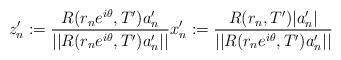
LaTeX: \begin{align*}z'_n := \frac{R(r_ne^{i\theta},T')a'_n}{||R(r_ne^{i\theta},T')a'_n||} x'_n := \frac{R(r_n,T')|a'_n|}{||R(r_ne^{i\theta},T')a'_n||}\end{align*}